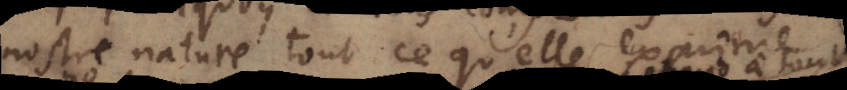
nostre nature tout ce qu’elle exprim